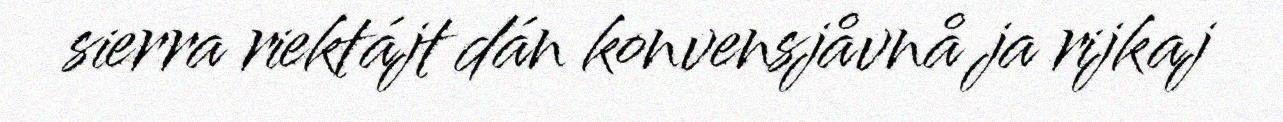
sierra riektájt dán konvensjåvnå ja rijkaj